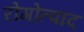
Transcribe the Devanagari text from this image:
रोगोत्पाद